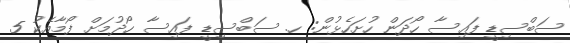
ސަބްސިޑީ ފައިސާ ހޯދަން ހުށަހެޅުން: ހ. ސަބްސިޑީ ފައިސާ ހޯދުމަށް ފޯމާއެކު 5